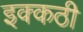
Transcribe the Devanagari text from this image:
इक्कठी